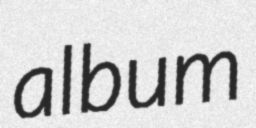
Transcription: album